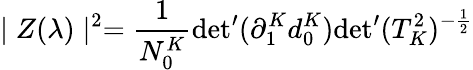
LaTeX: \mid Z(\lambda)\mid^{2}=\frac{1}{N_{0}^{K}}{\operatorname*{det}}^{\prime}(\partial_{1}^{K}d_{0}^{K}){\operatorname*{det}}^{\prime}(T_{K}^{2})^{-\frac{1}{2}}